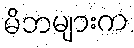
မိဘများက